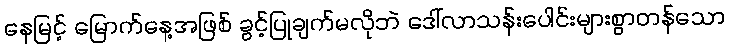
နေမြင့် မြောက်နေ့အဖြစ် ခွင့်ပြုချက်မလိုဘဲ ဒေါ်လာသန်းပေါင်းများစွာတန်သော